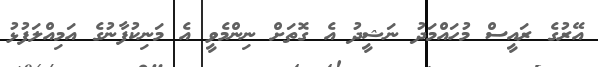
އޭރުގެ ރައީސް މުހައްމަދު ނަޝީދު އެ ގޮތަށް ނިންމެވީ އެ މަނިކުފާނުގެ އަމިއްލަފުޅު